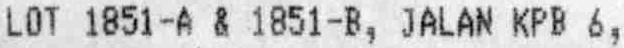
LOT 1851-A & 1851-B, JALAN KPB 6,